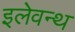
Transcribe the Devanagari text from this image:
इलेवन्थ